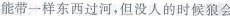
能带一样东西过河，但没人的时候狼会